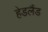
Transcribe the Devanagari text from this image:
हेडलैंड